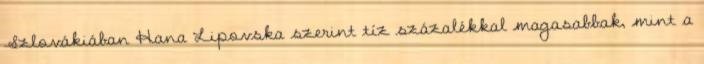
Szlovákiában Hana Lipovska szerint tíz százalékkal magasabbak, mint a